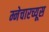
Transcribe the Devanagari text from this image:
म्नेचारच्यूस